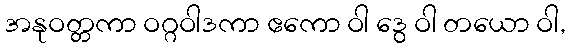
အနုဝတ္တကာ ဝဂ္ဂဝါဒကာ ဧကော ဝါ ဒွေ ဝါ တယော ဝါ,